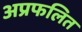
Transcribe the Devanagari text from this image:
अप्रफलित